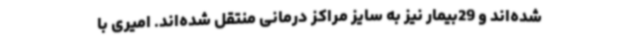
شده‌اند و 29بیمار نیز به سایز مراکز درمانی منتقل شده‌اند. امیری با